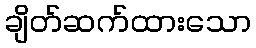
ချိတ်ဆက်ထားသော